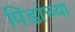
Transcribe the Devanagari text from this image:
पिंडांच्या